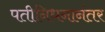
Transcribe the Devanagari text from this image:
पतीनिधनानंतर